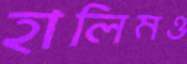
হালিমও